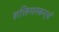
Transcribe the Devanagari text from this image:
शक्तिपरकएवं